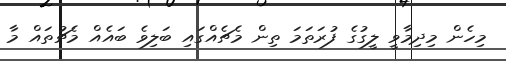
މިހެން މިދިމާވީ ލީގުގެ ފުރަތަމަ ތިން މެޗެއްގައި ބަލިވެ ބައެއް މެޗުތައް މާ